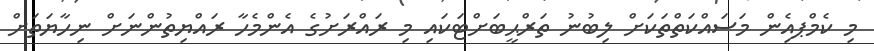
މި ކެމްޕއެިން މަސައްކަތްތަކަށް ލިބުނު ތަރްޙީބަށްޓަކައި މި ރައްރަށުގެ އެންމެހާ ރައްޔިތުންނަށް ނިހާޔަތަށް